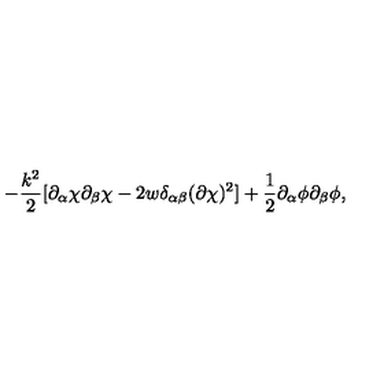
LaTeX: - \frac { k ^ { 2 } } { 2 } [ \partial _ { \alpha } \chi \partial _ { \beta } \chi - 2 w \delta _ { \alpha \beta } ( \partial \chi ) ^ { 2 } ] + \frac { 1 } { 2 } \partial _ { \alpha } \phi \partial _ { \beta } \phi ,